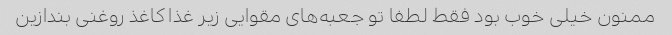
ممنون خیلی خوب بود فقط لطفا تو جعبه‌های مقوایی زیر غذا کاغذ روغنی بندازین